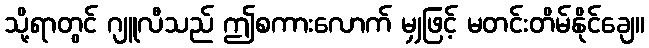
သို့ရာတွင် ဂျူလီသည် ဤစကားလောက် မျှဖြင့် မတင်းတိမ်နိုင်ချေ။